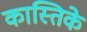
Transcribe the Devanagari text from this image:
कास्तिके